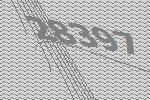
28397